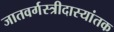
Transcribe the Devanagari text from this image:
जातवर्गस्त्रीदास्यांतक